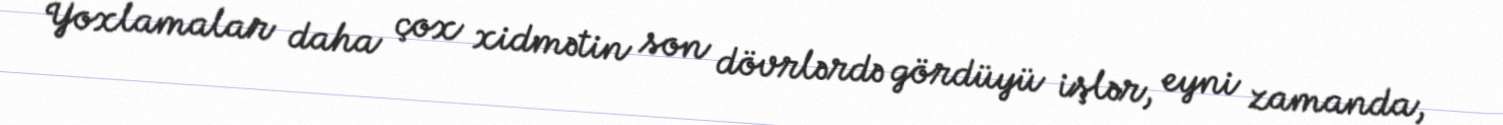
Yoxlamalar daha çox xidmətin son dövrlərdə gördüyü işlər, eyni zamanda,